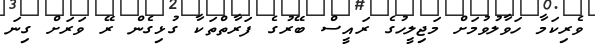
ވެރިކަމާ ހަވާލުވުމަށް މަޖިލީހުގެ ރައީސް ބޭރުގެ ފަރާތްތަކާ ގުޅިގެން ރޭ ވަރަށް ގިނަ